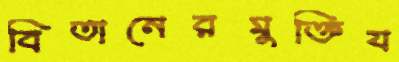
বিতানেরমুক্তিয